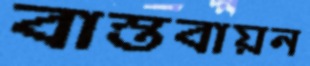
বাস্তবায়ন